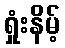
ရှုံးနိမ့်